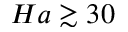
H a \gtrsim 3 0